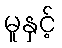
မူနှင့်